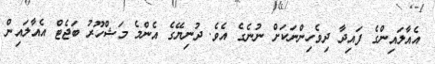
އެއާލައިންގެ ފައިދާ ދިވެހިންނަކަށް ނުނެގެ އެވެ. ދުނިޔޭގެ އެންމެ މަޝްހޫރު ބަޖެޓް އެއާލައިން